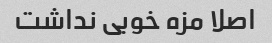
اصلا مزه خوبی نداشت